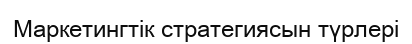
Маркетингтік стратегиясын түрлері